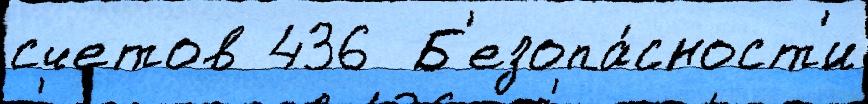
счетов 436  Б'езопа́сност'и